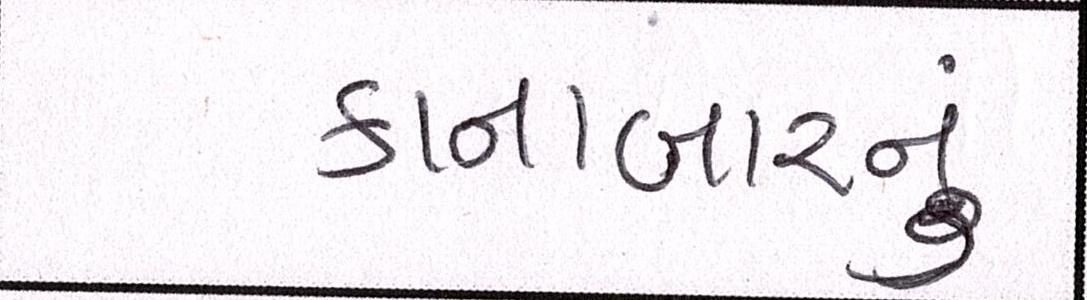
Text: કાનાબારનું